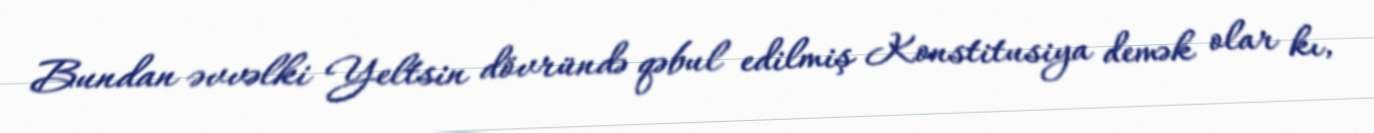
Bundan əvvəlki Yeltsin dövründə qəbul edilmiş Konstitusiya demək olar kı,